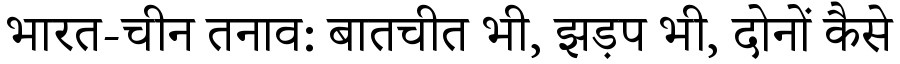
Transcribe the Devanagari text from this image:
भारत-चीन तनाव: बातचीत भी, झड़प भी, दोनों कैसे